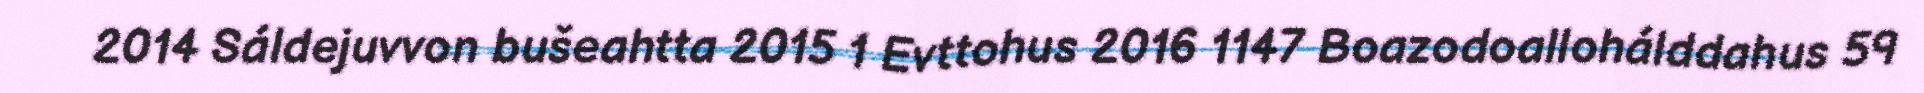
2014 Sáldejuvvon bušeahtta 2015 1 Evttohus 2016 1147 Boazodoallohálddahus 59